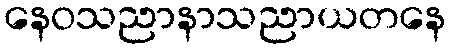
နေဝသညာနာသညာယတနေ